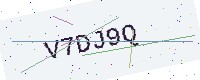
Text: V7DJ9Q